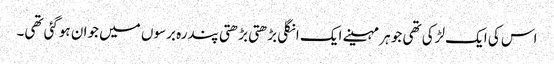
اس کی ایک لڑکی تھی جو ہر مہینے ایک انگلی بڑھتی بڑھتی پندرہ برسوں میں جوان ہوگئی تھی۔